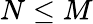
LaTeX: N\le M